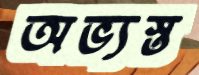
অভ্যস্ত